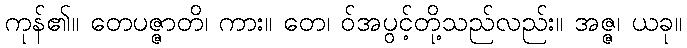
ကုန်၏။ တေပဇ္ဇာတိ၊ ကား။ တေ၊ ဝ်အပွင့်တို့သည်လည်း။ အဇ္ဇ၊ ယခု။